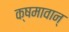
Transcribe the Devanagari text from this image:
क्षमावान्